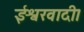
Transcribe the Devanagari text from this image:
ईश्वरवादी।